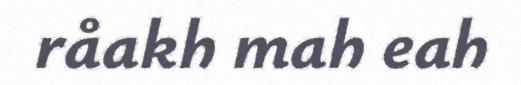
råakh mah eah